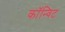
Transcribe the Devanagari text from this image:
कॉन्विट